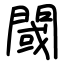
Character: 閾